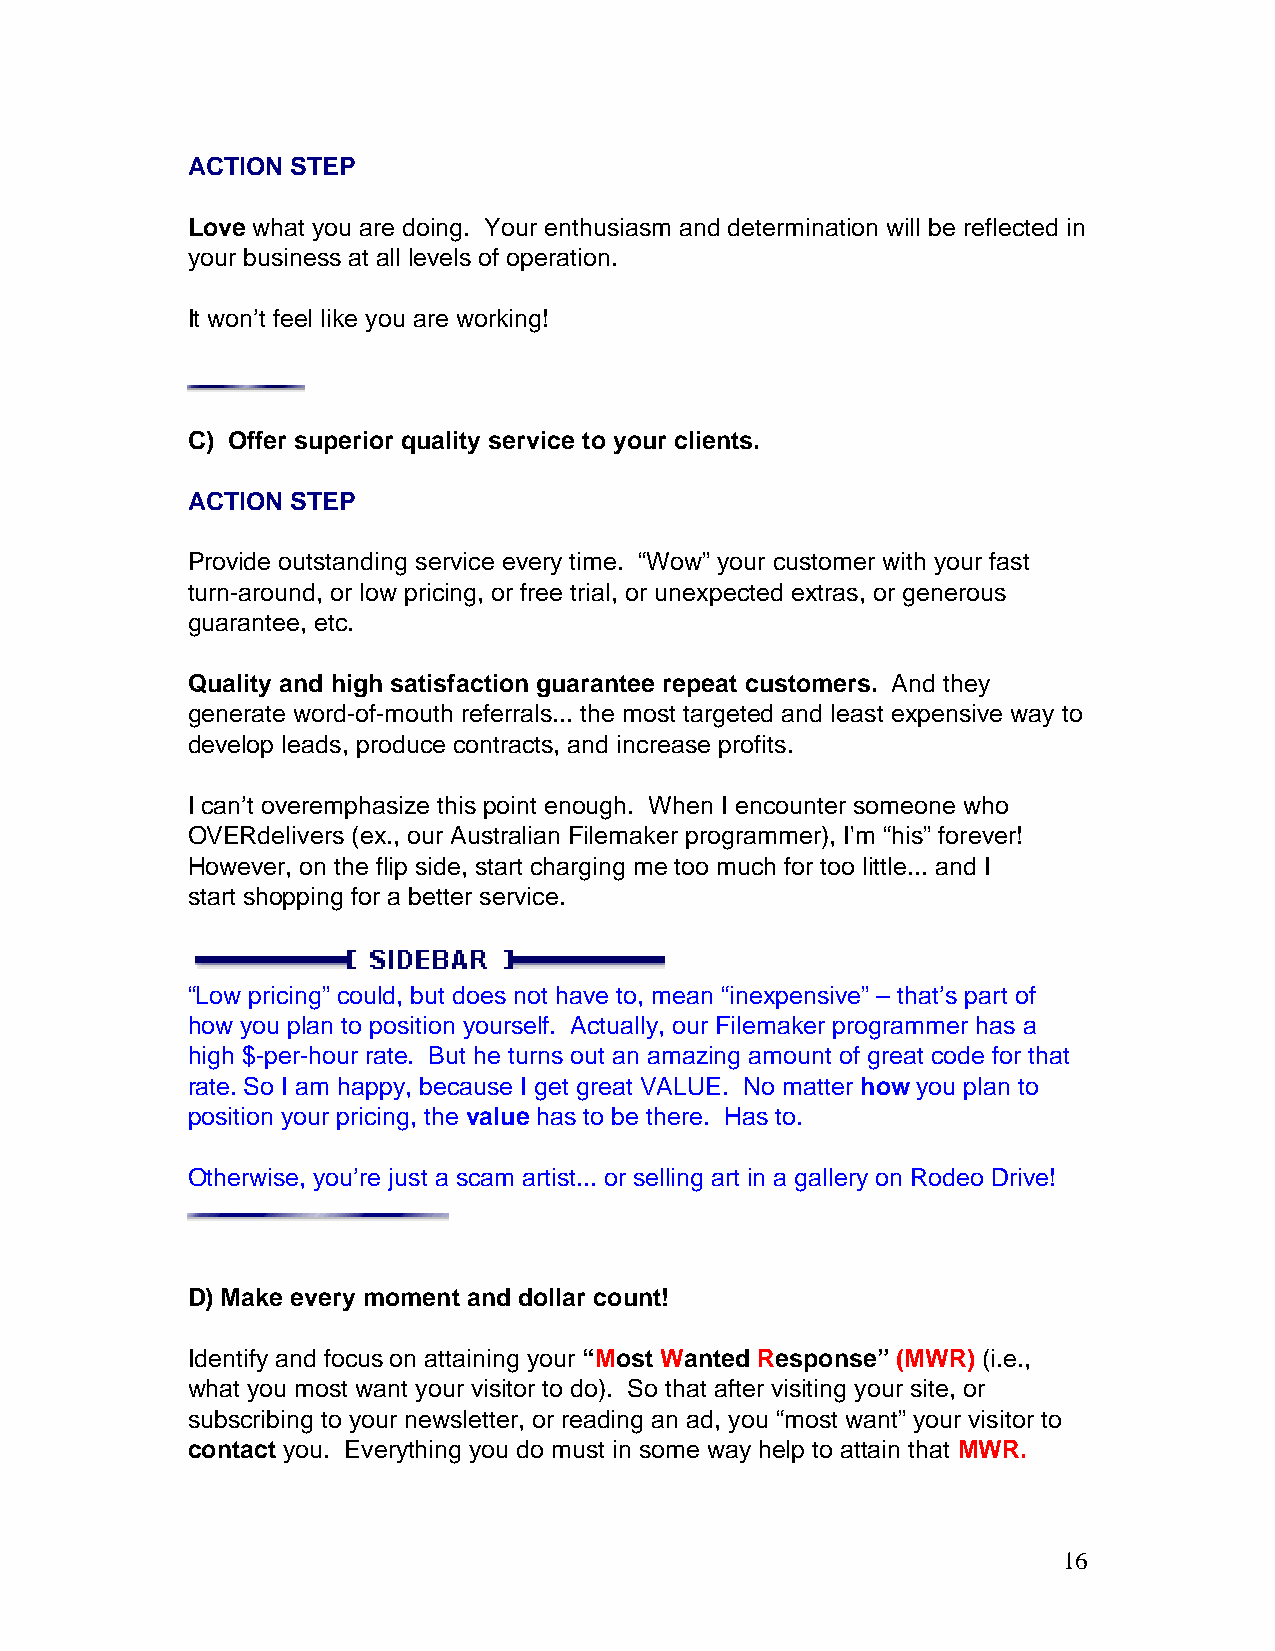
ACTION STEP
 Love what you are doing. Your enthusiasm and determination will be reflected in
 your business at all levels of operation.
 It won’t feel like you are working!
 C) Offer superior quality service to your clients.
 ACTION STEP
 Provide outstanding service every time. “Wow” your customer with your fast
 turn-around, or low pricing, or free trial, or unexpected extras, or generous
 guarantee, etc.
 Quality and high satisfaction guarantee repeat customers. And they
 generate word-of-mouth referrals... the most targeted and least expensive way to
 develop leads, produce contracts, and increase profits.
 I can’t overemphasize this point enough. When I encounter someone who
 OVERdelivers (ex., our Australian Filemaker programmer), I'm “his” forever!
 However, on the flip side, start charging me too much for too little... and I
 start shopping for a better service.
 “Low pricing” could, but does not have to, mean “inexpensive” – that’s part of
 how you plan to position yourself. Actually, our Filemaker programmer has a
 high $-per-hour rate. But he turns out an amazing amount of great code for that
 rate. So I am happy, because I get great VALUE. No matter how you plan to
 position your pricing, the value has to be there. Has to.
 Otherwise, you’re just a scam artist... or selling art in a gallery on Rodeo Drive!
 D) Make every moment and dollar count!
 Identify and focus on attaining your “Most Wanted Response” (MWR) (i.e.,
 what you most want your visitor to do). So that after visiting your site, or
 subscribing to your newsletter, or reading an ad, you “most want” your visitor to
 contact you. Everything you do must in some way help to attain that MWR.
 16